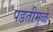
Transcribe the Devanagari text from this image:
पडतीमुळे